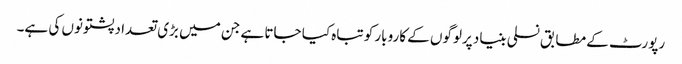
رپورٹ کے مطابق نسلی بنیاد پرلوگوں کے کاروبار کو تباہ کیا جاتا ہے جن میں بڑی تعداد پشتونوں کی ہے۔